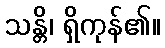
သန္တိ၊ ရှိကုန်၏။